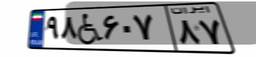
۴۱W۵۵۴۷۵